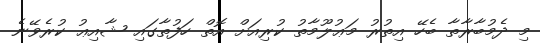
މި ދެމުބާރާތާ ބެހޭ އިތުރު މަޢުލޫމާތު ކުރިއަށް އޮތް ހަފުތާގައި ޝާއިޢު ކުރެވޭނެ